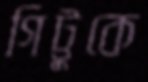
গিট্টুকে